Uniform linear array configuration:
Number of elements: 16
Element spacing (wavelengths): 0.25
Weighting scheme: hann
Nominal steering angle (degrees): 30
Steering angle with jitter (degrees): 31.089
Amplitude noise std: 0.05
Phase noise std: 0.05

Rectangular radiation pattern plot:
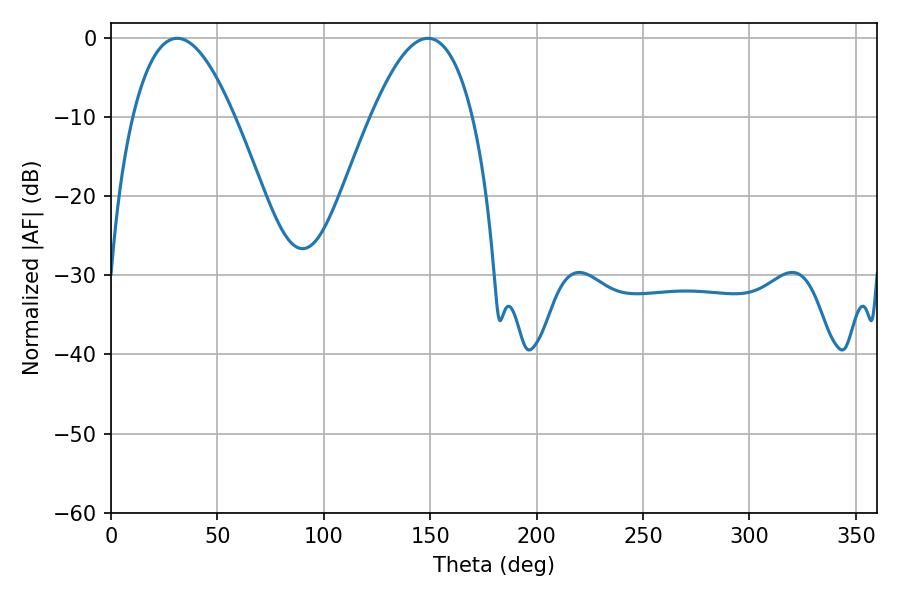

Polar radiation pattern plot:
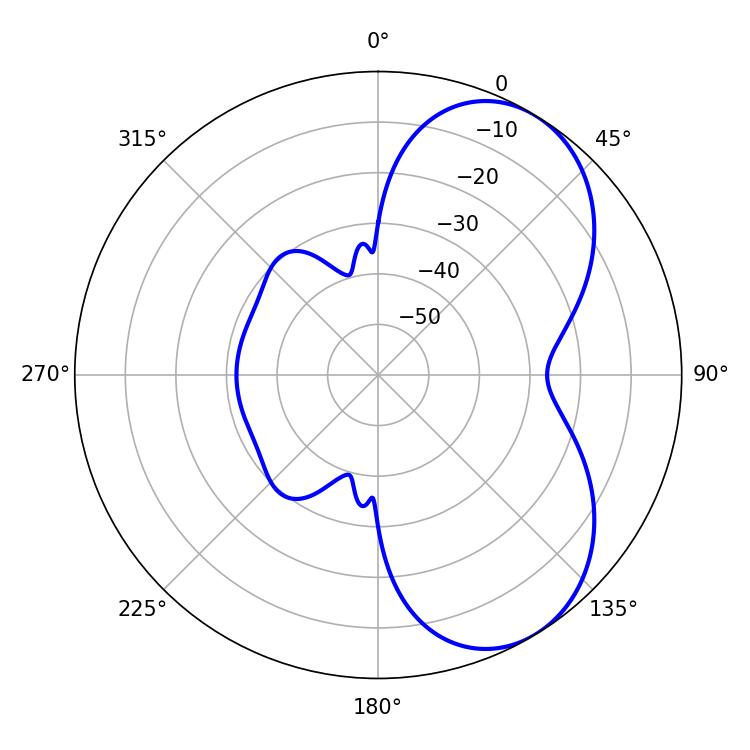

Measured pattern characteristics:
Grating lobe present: FALSE
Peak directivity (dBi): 5.795
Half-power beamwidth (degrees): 26.28
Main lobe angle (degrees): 31.14